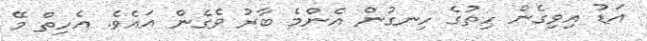
އަޑު އިވިގެން ހިތުގެ ހިނގުން އެންމެ ބާރު ވެގެން އައެވެ. އެހިތް މޭ